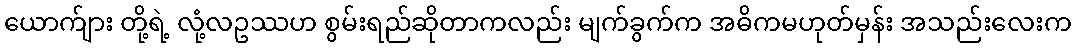
ယောက်ျား တို့ရဲ့ လုံ့လဥဿဟ စွမ်းရည်ဆိုတာကလည်း မျက်ခွက်က အဓိကမဟုတ်မှန်း အသည်းလေးက